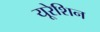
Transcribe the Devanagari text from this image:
यूरेशिन